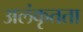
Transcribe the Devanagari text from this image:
अलंकृतता